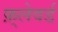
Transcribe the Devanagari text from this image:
फ़्लेवर्ड